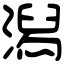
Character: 潟